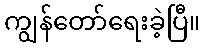
ကျွန်တော်ရေးခဲ့ပြီ။